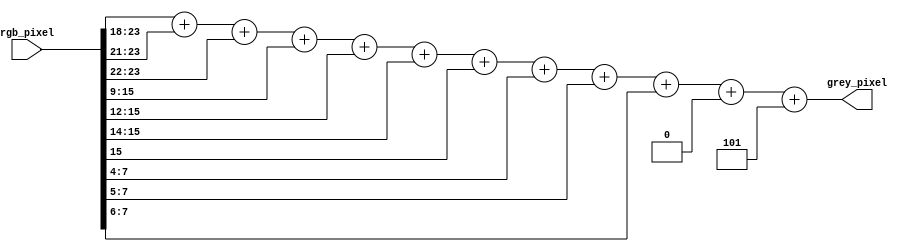
module rgb2grey_shifting(
  input [23:0] rgb_pixel,
  output [7:0] grey_pixel
);
  reg [7:0] current, summer;
  always @(*) begin
    summer = 8*{1'b0};    

    //red
    current = rgb_pixel[23:16];
    current = current >> 2;
    summer = current;
    current = current >> 3;
    summer = summer + current;
    current = current >> 1;
    summer = summer + current;

    //green
    current = rgb_pixel[15:8];
    current = current >> 1;
    summer = summer + current;
    current = current >> 3;
    summer = summer + current;
    current = current >> 2;
    summer = summer + current;
    current = current >> 1;
    summer = summer + current;  

    //blue
    current = rgb_pixel[7:0];
    current = current >> 4;
    summer = summer + current;
    current = current >> 1;
    summer = summer + current;
    current = current >> 1;
    summer = summer + current;
    current = current >> 2;
    summer = summer + current;

    summer = summer + 3'b101;
    //compensating for the approximation made by ignoring 2^-8 onwards lower order bits
  end
  assign grey_pixel = summer;
endmodule

/*
//base orginal module
module rgb2grey_shifting(
  input [23:0] rgb_pixel,
  output reg [7:0] grey_pixel
);
  reg [7:0] red, green, blue;
  reg [7:0] red_w, green_w, blue_w;
  always @(*) begin
    red = rgb_pixel[23:16];
    blue = rgb_pixel[15:8];
    green = rgb_pixel[7:0];
    
    red = red >> 2;
    red_w = red;
    red = red >> 3;
    red_w = red_w + red;
    red_w = red >> 1;
    red_w = red_w + red;

    blue = blue >> 1;
    blue_w = blue;
    blue = blue >> 3;
    blue_w = blue_w + blue;
    blue = blue >> 2;
    blue_w = blue_w + blue;
    blue = blue >> 1;
    blue_w = blue_w + blue;  

    green = green >> 4;
    green_w = green;
    green = green >> 1;
    green_w = green_w + green;
    green = green >> 1;
    green_w = green_w + green;
    green = green >> 2;
    green_w = green_w + green;

    grey_pixel = red_w + green_w + blue_w;
  end
endmodule
*/